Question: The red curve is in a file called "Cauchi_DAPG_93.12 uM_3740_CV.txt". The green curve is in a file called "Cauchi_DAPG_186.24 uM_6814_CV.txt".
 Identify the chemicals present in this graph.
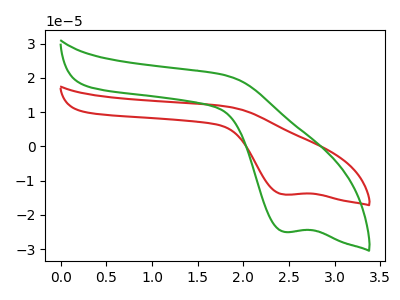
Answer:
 <answer>The red curve is labeled "DAPG_93.12 uM". The green curve is labeled "DAPG_186.24 uM".</answer>
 <eval></eval>